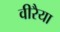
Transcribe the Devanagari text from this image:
वीरैया